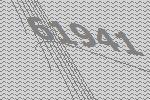
61941